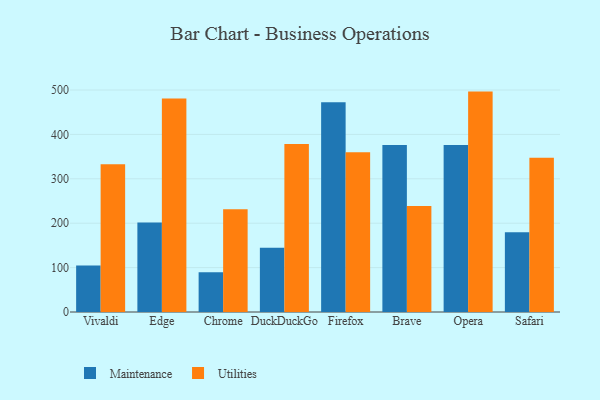
{"axis": {"x": "Browser", "y": "Headcount"}, "legend": ["Maintenance", "Utilities"], "data": [{"x": "Vivaldi", "y": 104.8, "type": "Maintenance"}, {"x": "Vivaldi", "y": 332.9, "type": "Utilities"}, {"x": "Edge", "y": 201.6, "type": "Maintenance"}, {"x": "Edge", "y": 480.8, "type": "Utilities"}, {"x": "Chrome", "y": 89.3, "type": "Maintenance"}, {"x": "Chrome", "y": 231.5, "type": "Utilities"}, {"x": "DuckDuckGo", "y": 144.6, "type": "Maintenance"}, {"x": "DuckDuckGo", "y": 378.1, "type": "Utilities"}, {"x": "Firefox", "y": 472.3, "type": "Maintenance"}, {"x": "Firefox", "y": 359.6, "type": "Utilities"}, {"x": "Brave", "y": 375.9, "type": "Maintenance"}, {"x": "Brave", "y": 238.8, "type": "Utilities"}, {"x": "Opera", "y": 376.0, "type": "Maintenance"}, {"x": "Opera", "y": 496.4, "type": "Utilities"}, {"x": "Safari", "y": 179.4, "type": "Maintenance"}, {"x": "Safari", "y": 347.5, "type": "Utilities"}]}